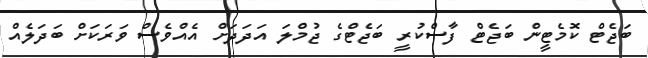
ބަޖެޓް ކޮމެޓީން ބަޖެޓް ފާސްކުރީ ބަޖެޓްގެ ޖުމްލަ އަދަދަށް އެއްވެސް ވަރަކަށް ބަދަލެއް